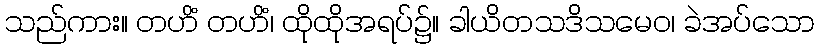
သည်ကား။ တဟိံ တဟိံ၊ ထိုထိုအရပ်၌။ ခါယိတသဒိသမေဝ၊ ခဲအပ်သော